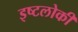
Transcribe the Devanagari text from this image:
इष्टलोकी